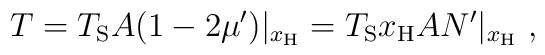
T = T_{\rm S} A (1-2 \mu')|_{x_{\rm H}}  = T_{\rm S} x_{\rm H} A N' |_{x_{\rm H}}\ ,